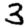
Digit: 3